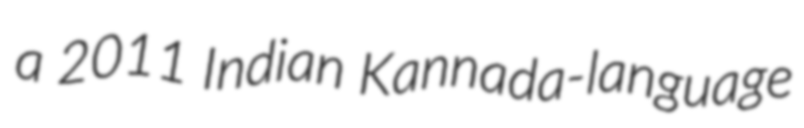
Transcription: a 2011 Indian Kannada-language